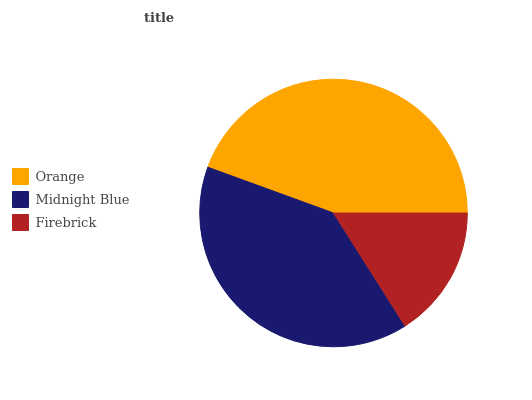
| Orange | Midnight Blue | Firebrick |
 | --- | --- | --- |
 | 44.4% | 39.5% | 16.1% |